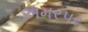
અમરપર